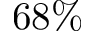
6 8 \%